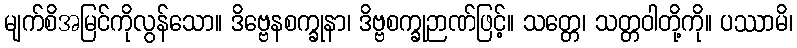
မျက်စိအမြင်ကိုလွန်သော။ ဒိဗ္ဗေနစက္ခုနာ၊ ဒိဗ္ဗစက္ခုဉာဏ်ဖြင့်။ သတ္တေ၊ သတ္တဝါတို့ကို။ ပဿာမိ၊